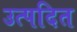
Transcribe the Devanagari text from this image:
उत्पदित